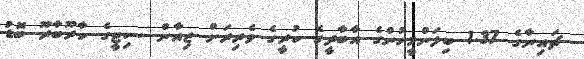
ޗައިނާގެ 1.37 ބިލަންމީހުންގެ އާބާދީގެ ކުރީގެ ވެރިރަށް ޒިއާން ސިޓީގެ ކާރޫބާރޫ ބޮޑު